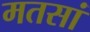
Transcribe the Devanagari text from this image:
मतसां